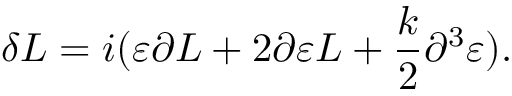
\delta L = i ( \varepsilon \partial L + 2 \partial \varepsilon L + { \frac { k } { 2 } } \partial ^ { 3 } \varepsilon ) .